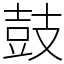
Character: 鼓